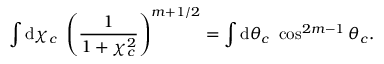
\int \mathrm { d } \chi _ { c } \ \left( \frac { 1 } { 1 + \chi _ { c } ^ { 2 } } \right) ^ { m + 1 / 2 } = \int \mathrm { d } \theta _ { c } \ \cos ^ { 2 m - 1 } \theta _ { c } .